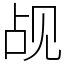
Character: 觇